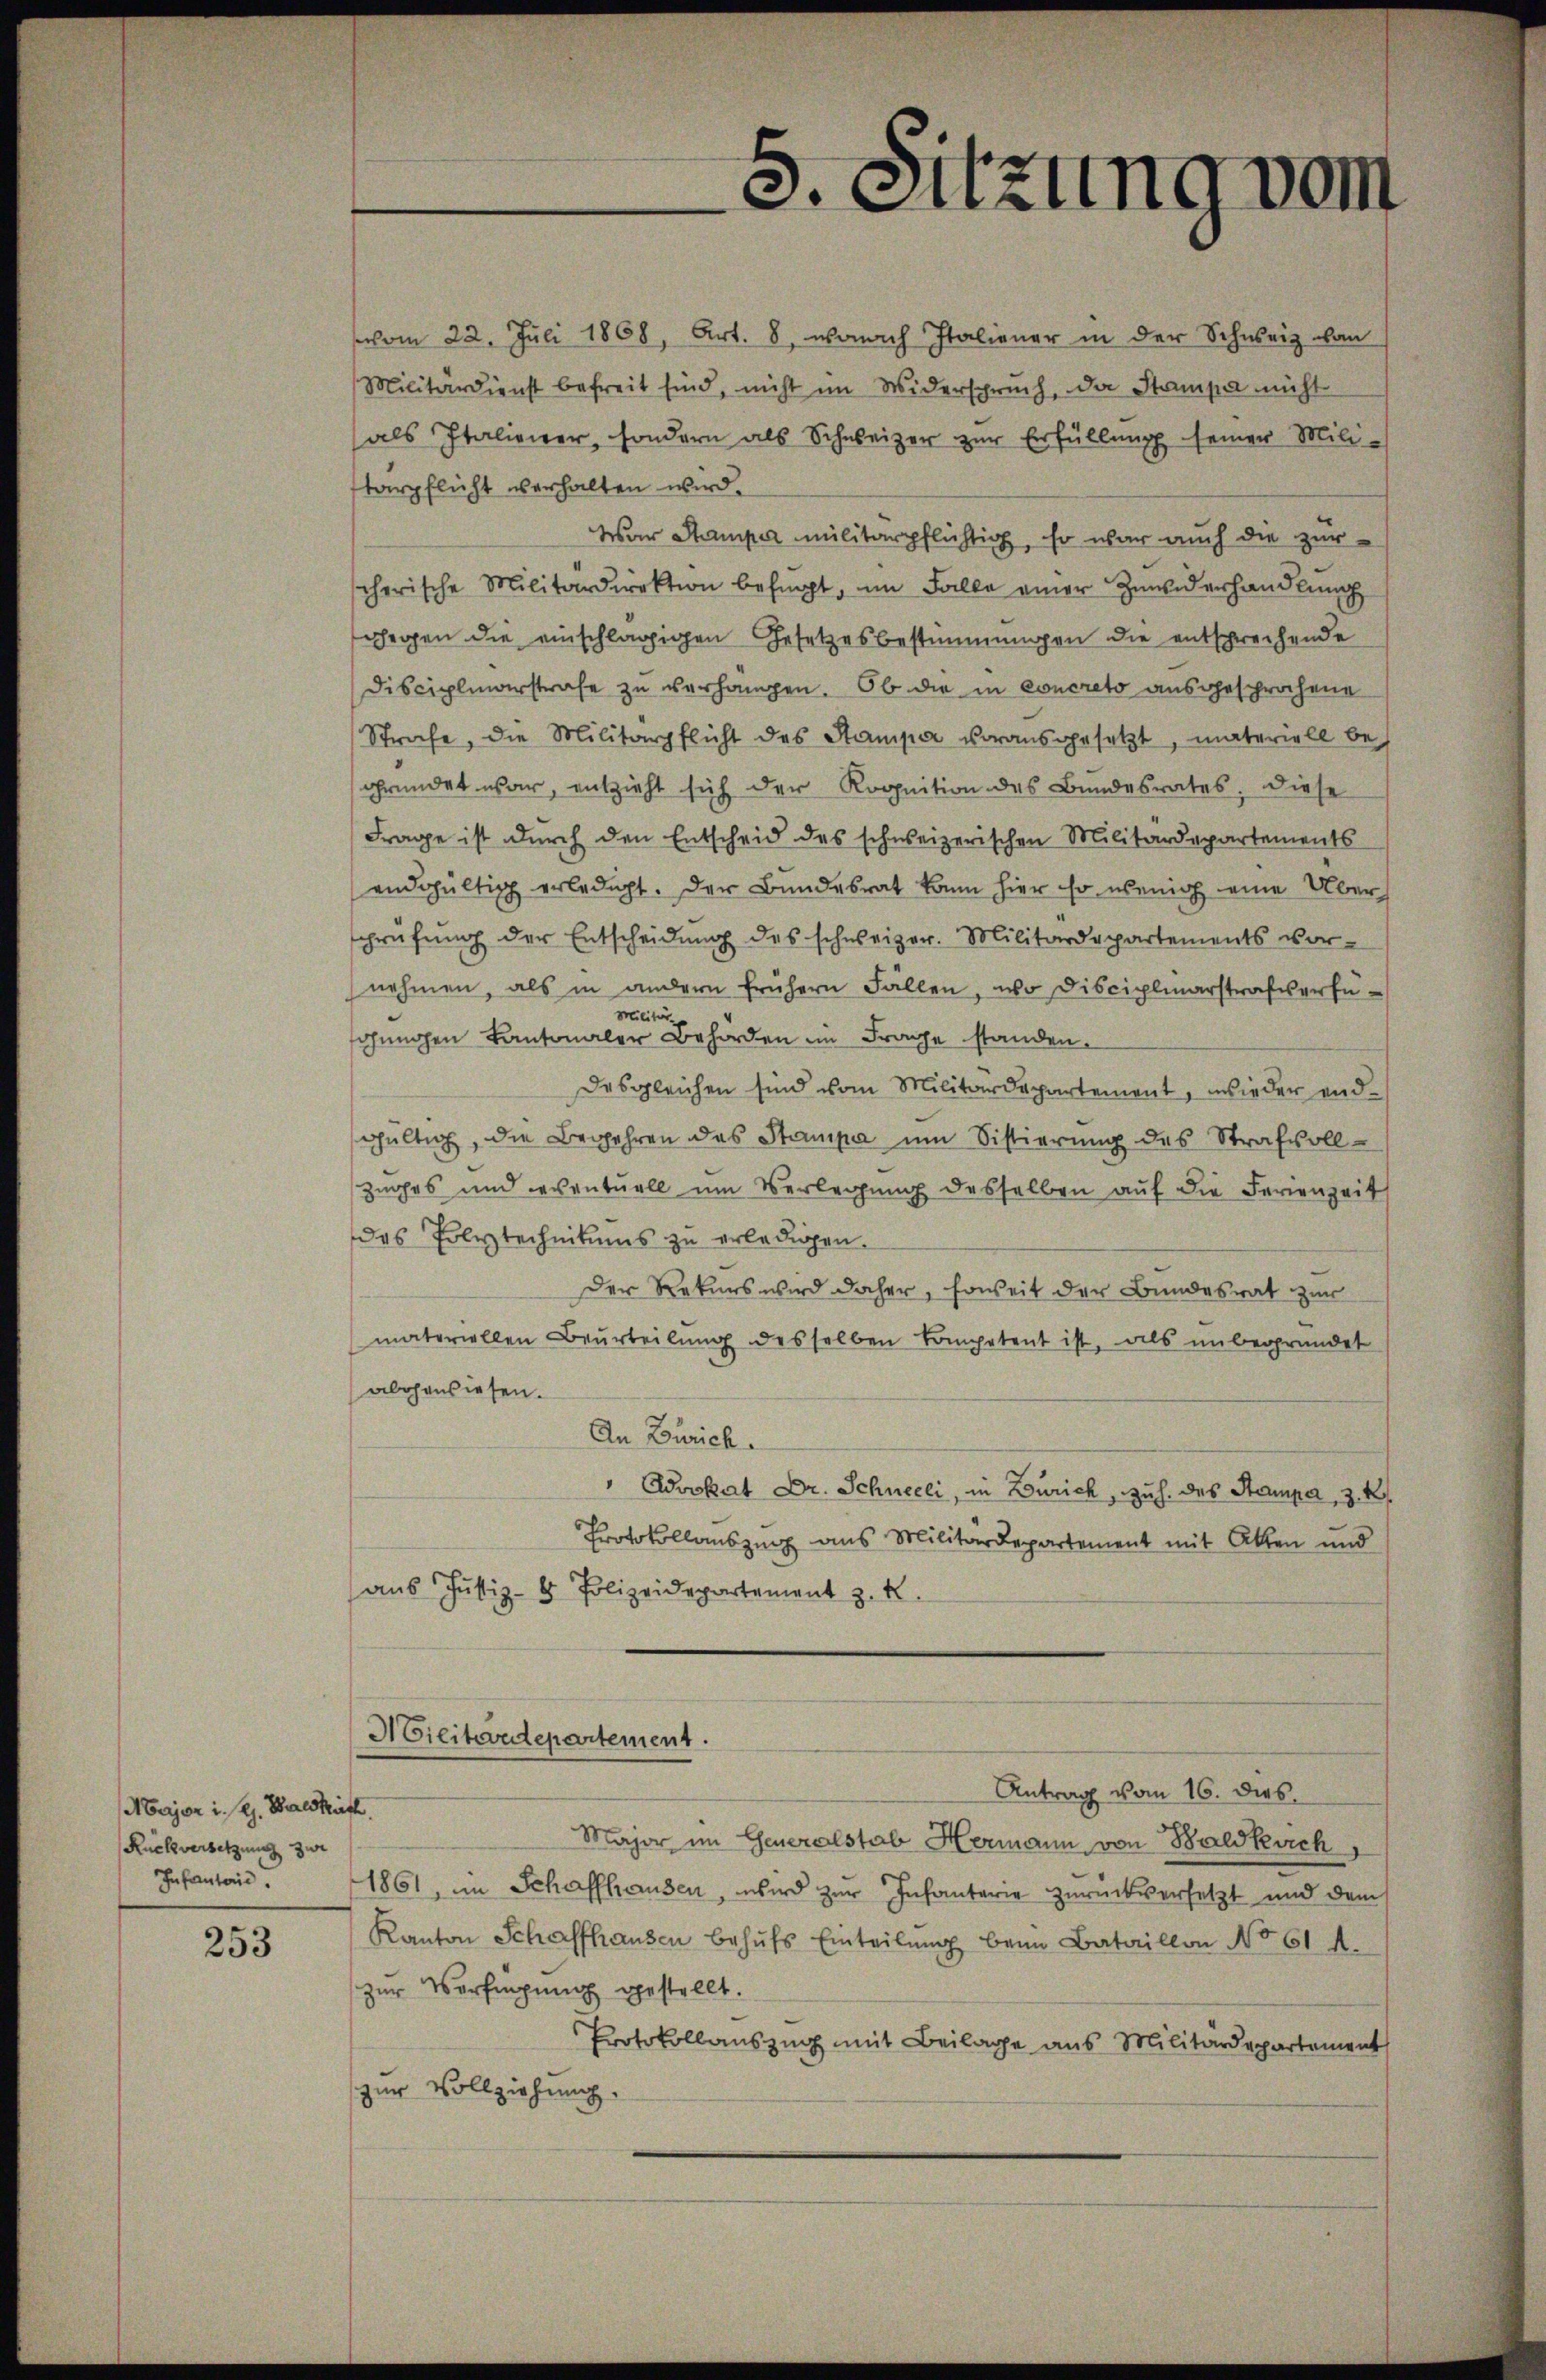
Major i. l. Waldkirch
Rückversetzung zur
Infanten.

253

vom 22. Juli 1868, Art. 8, wonach Italiener in der Schweiz an
Militärdienst befreit sind, nicht im Widerspruch, da Stampe nicht
als Italiener, sondern als Schweizer zur Erfüllung seiner Militärpflicht verhalten wird.
War Stamper militärpflichtig, so war auch die zur
scherische Militärdirektion befŭgt, im Falle einer Zuwiderhandlŭng
gegen die einschlägigen Gesetzesbestimmungen die entsprechende
Disciplinarstrafe zu verhangen. Ob die in concreto ausgesprochene
Strafe, die Militärpflicht des Stampe vorausgesetzt, materiell begründet war, entzieht sich der Rognition des Bundesrates. Diese
Frage ist durch den Entscheid des schweizerischen Militärdepartements
endgültig erledigt. Der Bundesrat kann hier so wenig eine Über
sprüfung der Entscheidung des schweizer. Militärdepartements vor-
nehmen, als in andern frühern Fällen, wo Disciplinarstrafverfü¬
Militär
schungen Kantonaler Behörden im Frage standen.
Desgleichen sind vom Militärdepartement, wieder endgültig, die Begehren das Stampe um Sistierung des Strafvoll-
Zurhes und eventuell ŭm Verlegŭng desselben aŭf die Ferienzeit
des Polytechnikums zu erledigen.
Der Rekurs wird daher, soweit der Bundesrat zur
materiellen Beurteilung desselben kompetent ist, als unbegründet
abhausiesen.
An Zürich.
" Advokat Dr. Schneeli, in Zürich, zu h. des Stampe, 3. k
Protokollauszug aus Militärdepartement mit Atten und
aŭs Justiz- & Polizeidepartement z. B.
Militärdepartement.
Antrag vom 16. dies.
Major im Generalstab Hermann von Baldkirch
1861, im Schaffhausen, wird zur Infanterie zurückversetzt und dem
Kanton Schaffhausen behŭfs Einteilŭng beim Bataillon No 61 A.
zur Verfügung gestellt.
Protokollauszug mit Beilage aus Militärdepartement
zur Vollziehung.

5. Sitzung vom